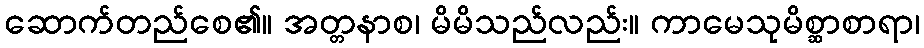
ဆောက်တည်စေ၏။ အတ္တနာစ၊ မိမိသည်လည်း။ ကာမေသုမိစ္ဆာစာရာ၊